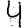
Digit: 4